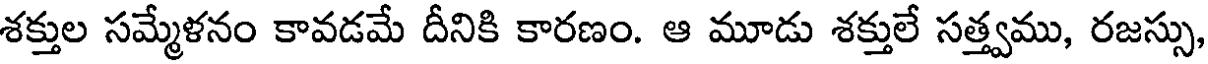
శక్తుల సమ్మేళనం కావడమే దీనికి కారణం. ఆ మూడు శక్తులే సత్త్వము, రజస్సు,